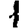
Digit: 1